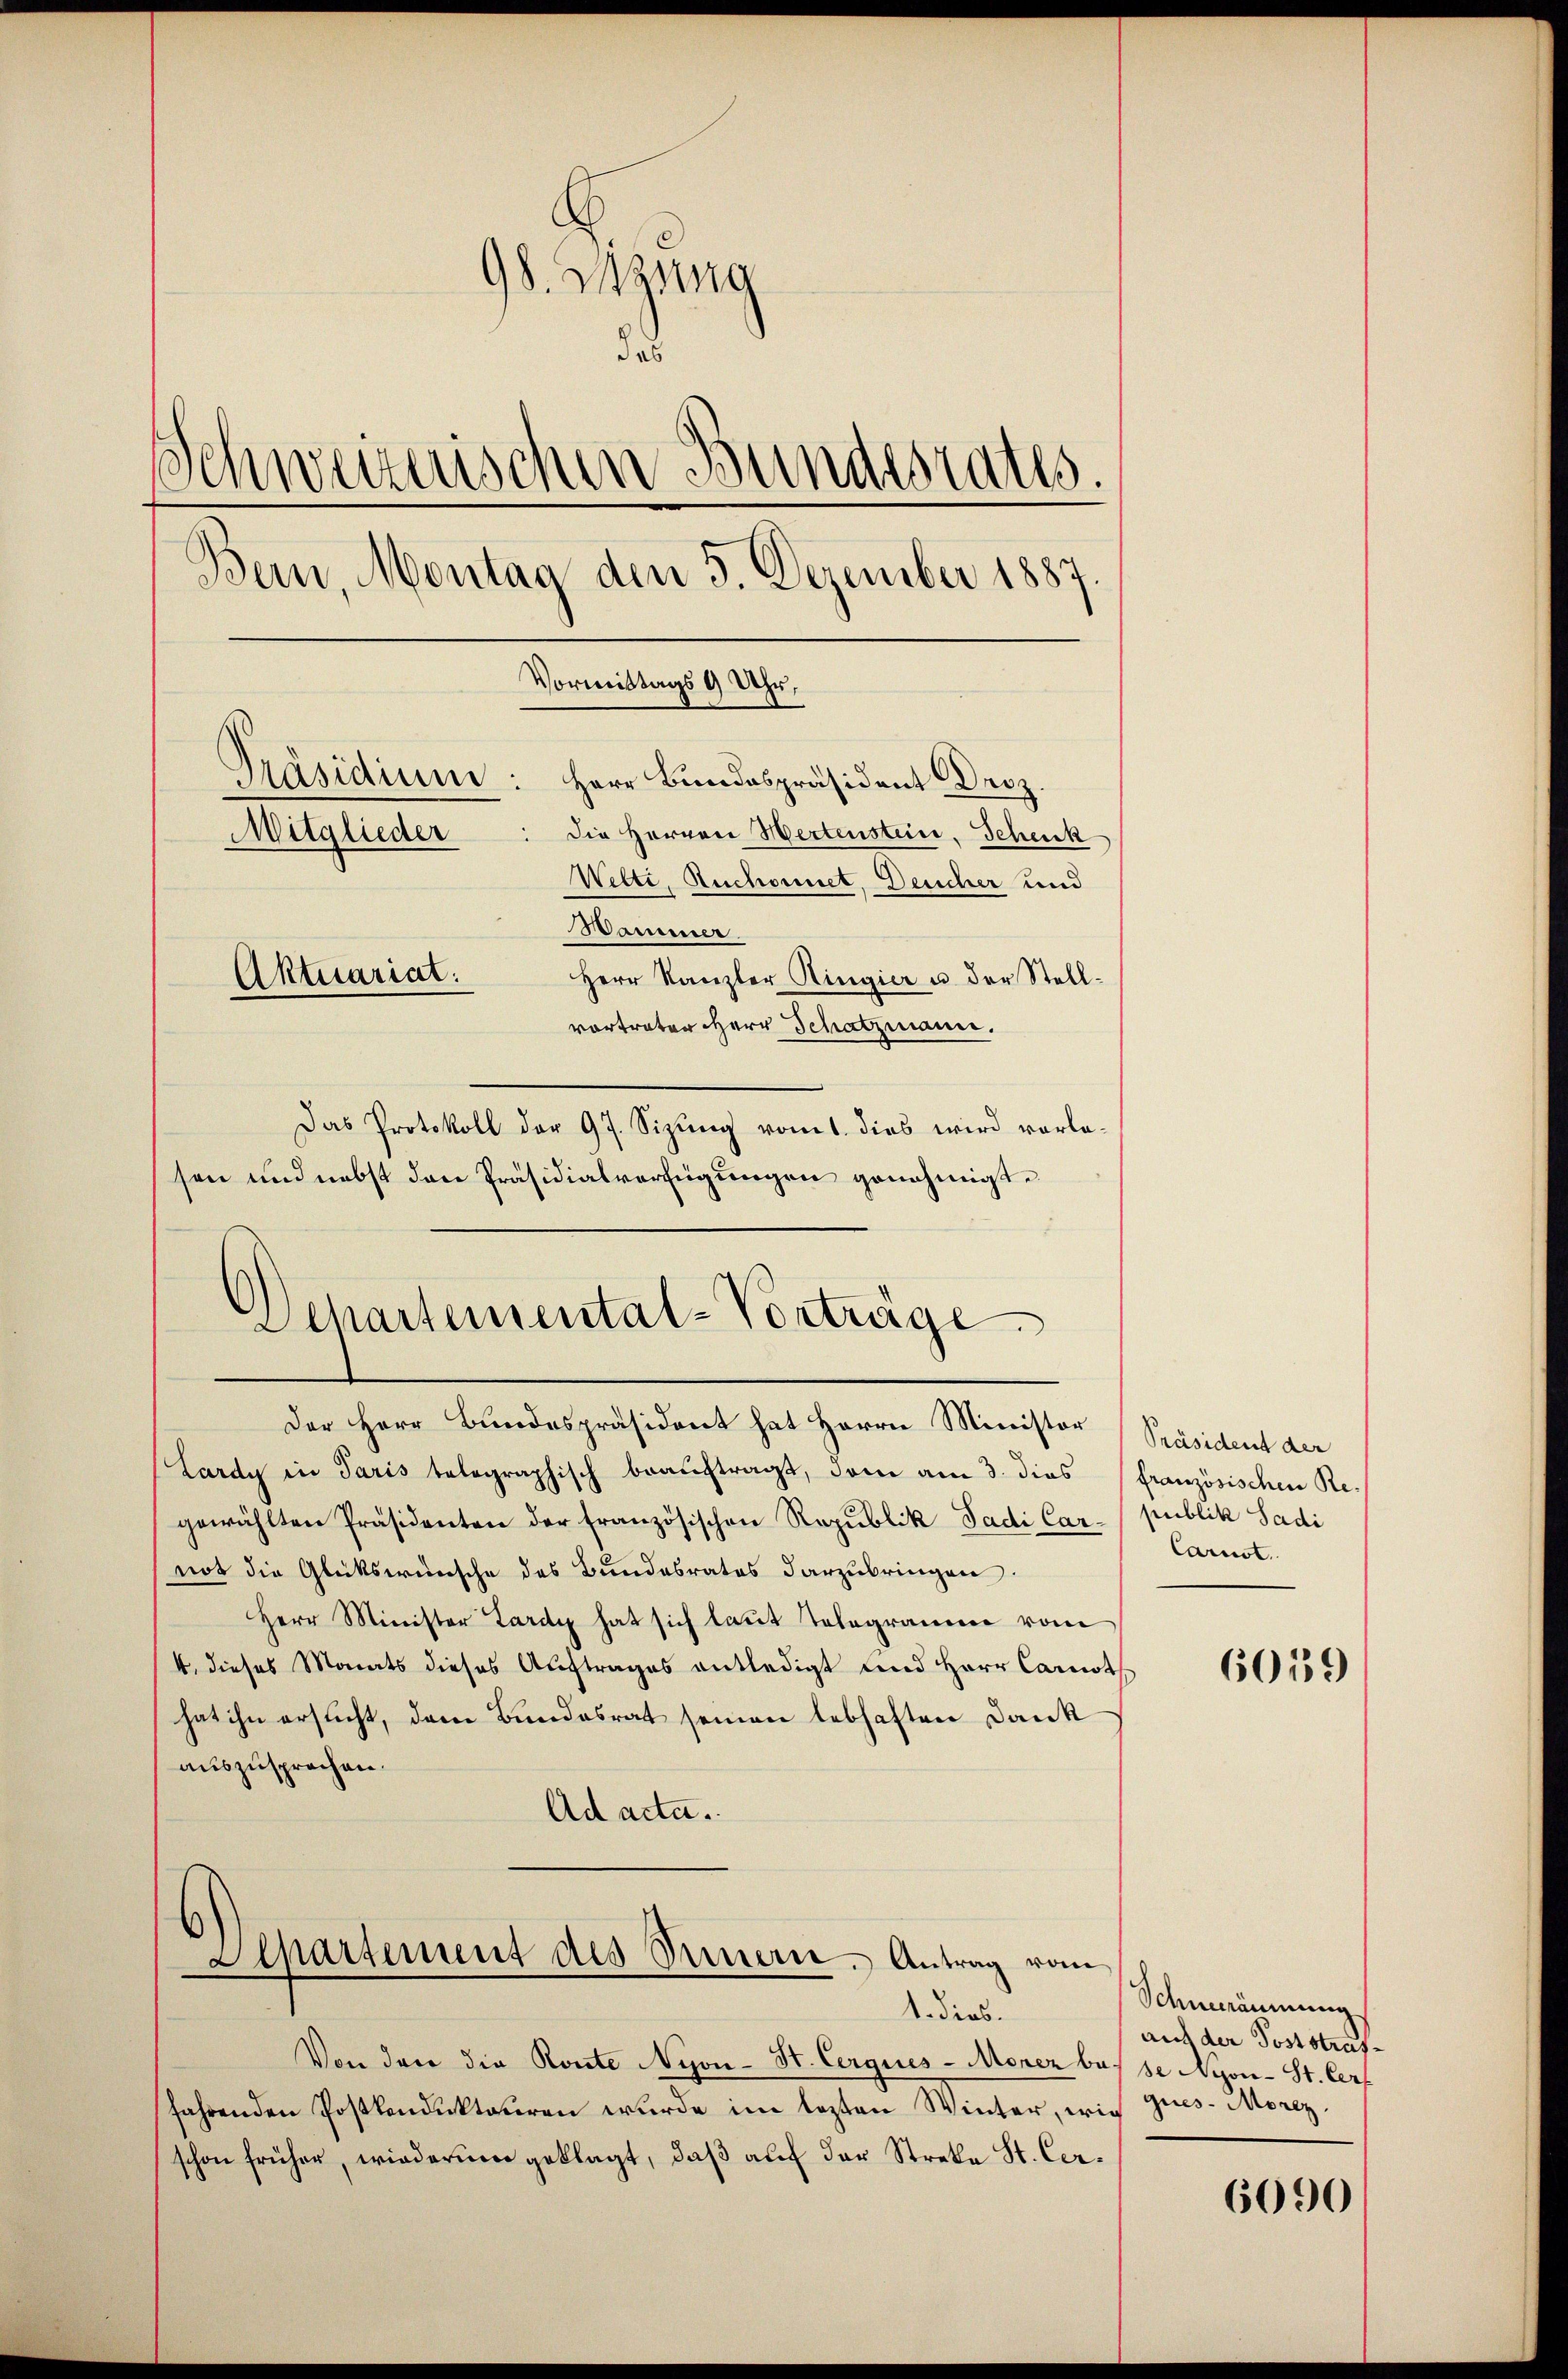
98. Sitzung
das
Schweizerischen Bundesrates.
Bern, Montag den 5. Dezember 1887.
Vormittags 9 Uhr,
Präsidium: Herr Bundespräsident Droz.
Die Herren Wertenstein, Schenk
Mitglieder
Welti, Ruchornet, Deucher und
Wammener
Aktuariat.
Herr Kanzler Ringier u. der Stellvortrater Herr Schatzmann.

Das Protokoll der 97. Sizung vom 1. dies wird vorlasen und nebst den Präsidialverfügungen genehmigt.
Lardy in Paris telegraphisch beauftragt, dem am 3. dies (französischen Re-
gewählten Präsidenten der französischen Republik Sadi Car-/ publik Sadi
not die Glükswünsche des Bundesrates darzubringen.
Herr Minister Lardy hat sich laut Telegramm vom
4. dieses Monats dieses Auftrages entledigt und Herr Carnoth
hat ihn ersucht, dem Bundesrat seinen lebhaften Dankauszusprochen.
Ad acta.

Departemental-Vorträge
Der Herr Bundespräsident hat Herrn Ministor Präsident der

Departement des Sinnern. Antrag vom
1. dies

Von den die Route Nyon- St. Cerques-Monez besse Nyon-St. Cer
fahrenden Postkonduktariren wurde im lezten Winter, wie
schon früher, wiederum geklagt, daß auf der Streke St. Cer¬

Carust.

6019

Schnerräumung
auf der Poststrafques-Morez.

6090